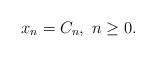
LaTeX: \begin{align*}x_{n}=C_{n},\thinspace\thinspace n\ge0.\end{align*}